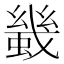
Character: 𧎶